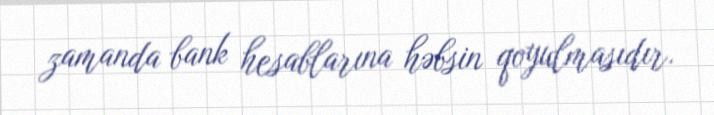
zamanda bank hesablarına həbsin qoyulmasıdır.